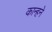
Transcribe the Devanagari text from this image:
कान्हने